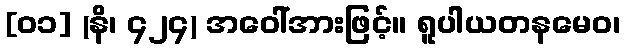
[၀၁] (နိ၊ ၄၂၄) အဝေါ်အားဖြင့်။ ရူပါယတနမေဝ၊